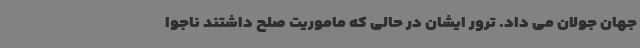
جهان جولان می داد. ترور ایشان در حالی که ماموریت صلح داشتند ناجوا